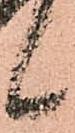
候